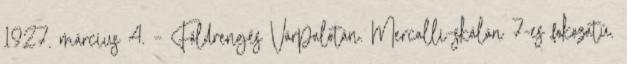
1927. március 4. – Földrengés Várpalotán. Mercalli-skálán 7-es fokozatú.